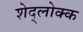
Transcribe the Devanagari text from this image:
शेद्लोक्क